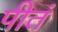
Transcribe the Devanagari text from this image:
पीतं